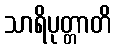
သာရိပုတ္တာတိ